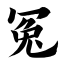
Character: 冤